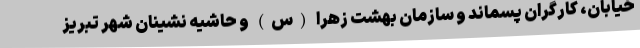
خیابان، کارگران پسماند و سازمان بهشت زهرا (س) و حاشیه نشینان شهر تبریز